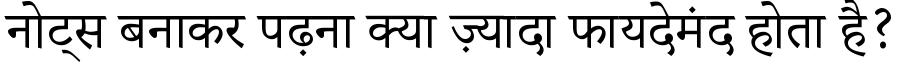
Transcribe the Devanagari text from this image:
नोट्स बनाकर पढ़ना क्या ज़्यादा फायदेमंद होता है?